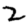
Digit: 2